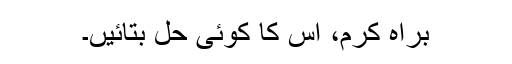
براہ کرم، اس کا کوئی حل بتائیں۔